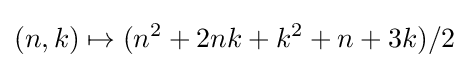
(n,k)\mapsto (n^{2}+2nk+k^{2}+n+3k)/2